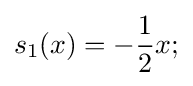
s_{1}(x)=-{\frac {1}{2}}x;